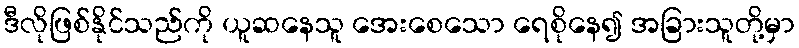
ဒီလိုဖြစ်နိုင်သည်ကို ယူဆနေသူ အေးစေသော ရေစိုနေ၍ အခြားသူတို့မှာ